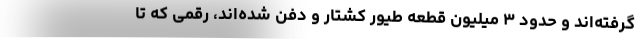
گرفته‌اند و حدود ۳ میلیون قطعه طیور کشتار و دفن شده‌اند، رقمی که تا